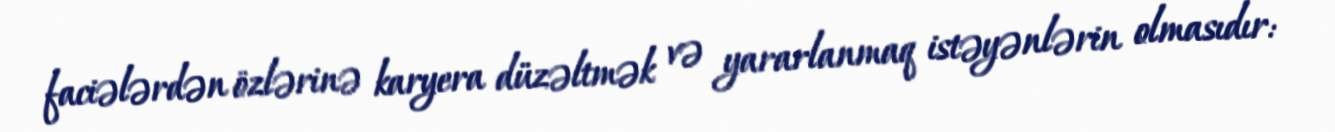
faciələrdən özlərinə karyera düzəltmək və yararlanmaq istəyənlərin olmasıdır: